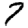
Digit: 7